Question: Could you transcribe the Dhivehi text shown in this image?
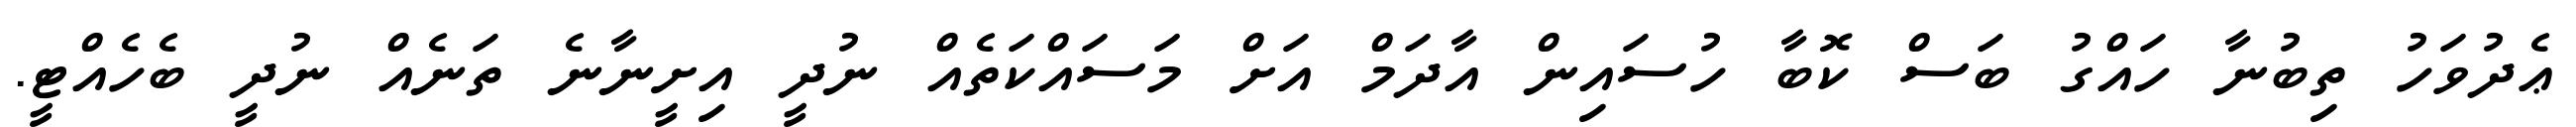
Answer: ޢެދުވަހު ތިބުނާ ހައްގު ބަސް ކޮބާ ހުސައިން އާދަމް އަށް މަސައްކަތެއް ނުދީ އިށީނާނެ ތަނެއް ނުދީ ބެހެއްޓީ.